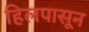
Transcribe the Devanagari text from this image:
हिलपासून